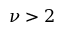
\nu > 2